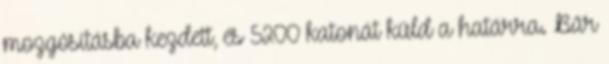
mozgósításba kezdett, és 5200 katonát küld a határra. Bár